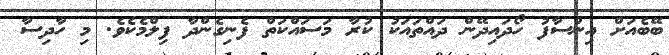
ބޭބެއަށް އިންސާފު ހޯދައިދޭން ދައްތައަކު ކުރާ މަސައްކަތް ފެނިގެންދާ ފިލްމެކެވެ. މި ހާދިސާ